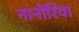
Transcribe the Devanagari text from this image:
नानोरिया